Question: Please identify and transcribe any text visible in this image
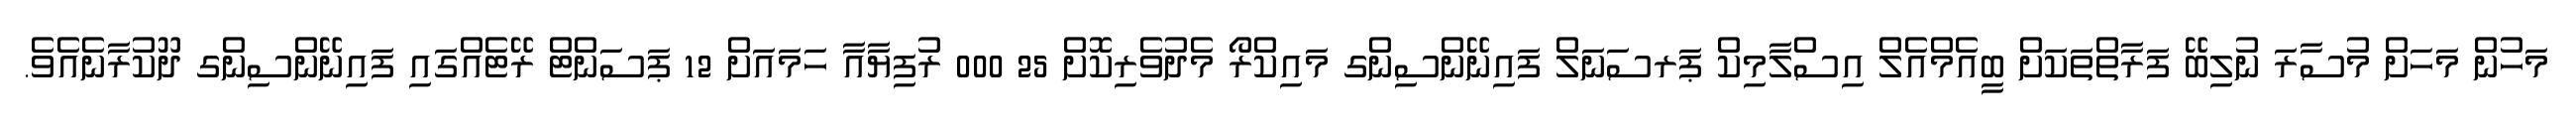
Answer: މަހުން މަހަށް މުސާރަ ނުލިބޭ ފަރާތްތަކަށް ބީއެމްއެލް އިސްލާމިކް ޕަރސަނަލް ފައިނޭންސިންގ މައިކްރޯ މެދުވެރިކޮށް 25 000 ރުފިޔާއާ ހަމައަށް 12 ޕަސަންޓް ރޭޓެއްގައި ފައިނޭންސިންގ ދޫކުރާނެއެވެ.